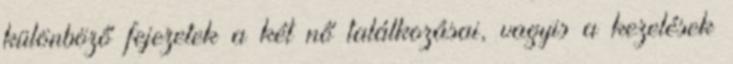
különböző fejezetek a két nő találkozásai, vagyis a kezelések